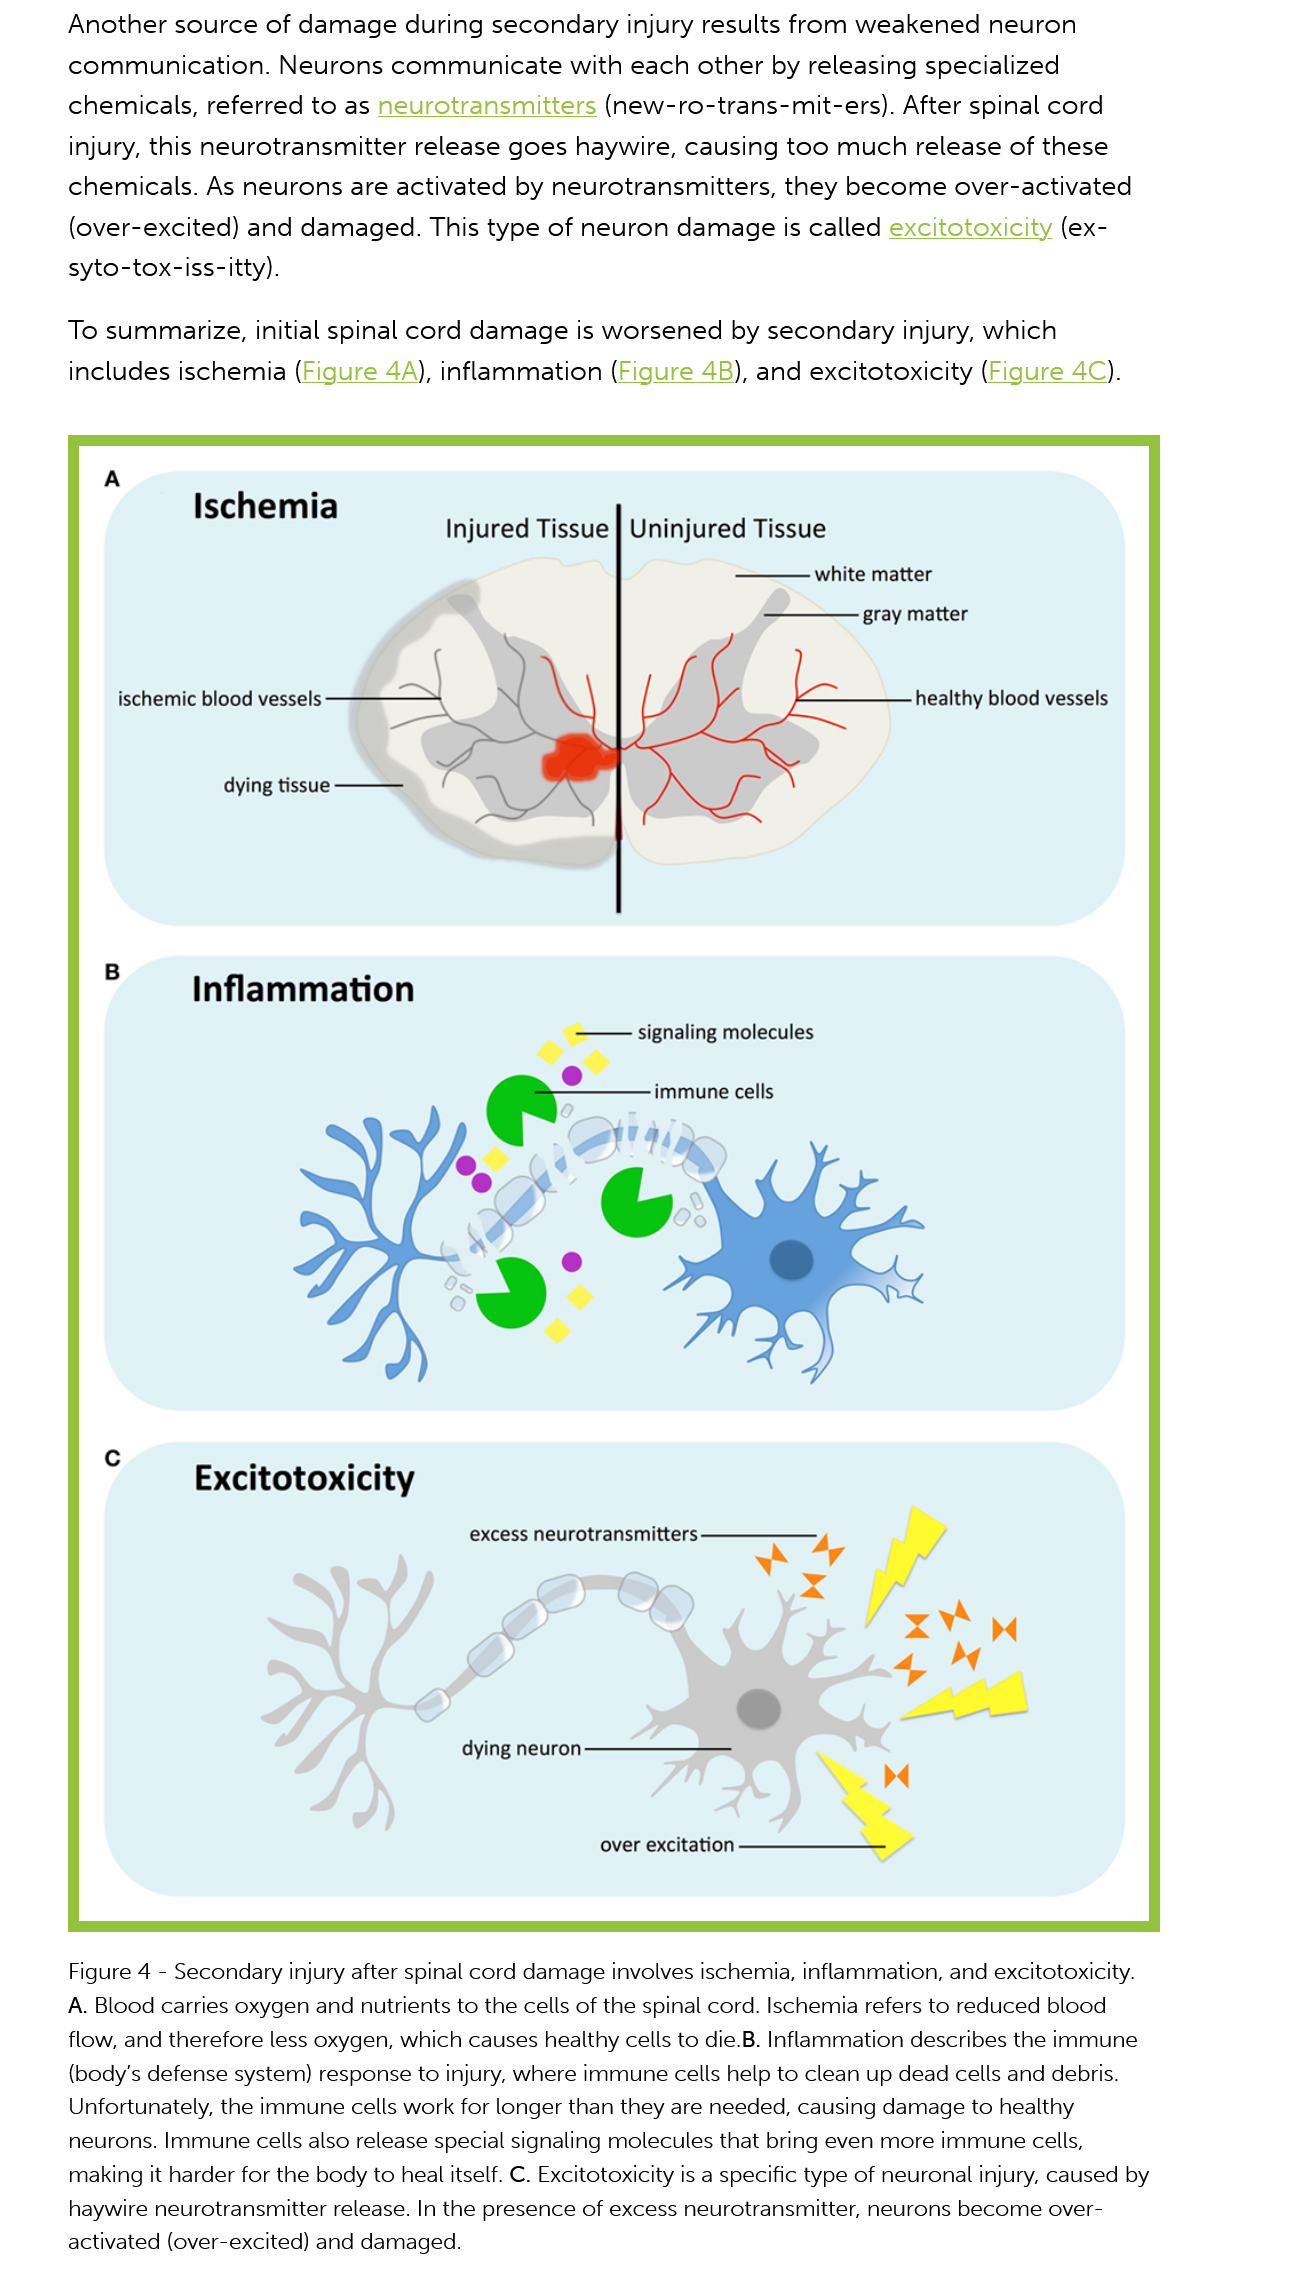
Another   source  of damage  during  secondary injury  results from weakened    neuron
     communication.    Neurons  communicate    with each  other by releasing specialized
     chemicals,  referred to as neurotransmitters   (new-ro-trans-mit-ers).  After spinal cord
     injury, this neurotransmitter release goes haywire,  causing too  much release   of these
     chemicals.  As  neurons are  activated by neurotransmitters,  they  become   over-activated
     (over-excited) and damaged.   This  type of neuron  damage is  called excitotoxicity (ex-
     syto-tox-iss-itty).
     To  summarize, initial spinal cord damage   is worsened   by secondary injury, which
     includes ischemia  (Figure 4A), inflammation  (Figure 48), and excitotoxicity (Figure 4C).

     Figure 4
     -
     Secondary injury after spinal cord damage involves ischemia, inflammation, and excitotoxicity.
     A. Blood carries oxygen and nutrients to the cells of the spinal cord. Ischemia refers to reduced blood
     flow, and therefore less oxygen, which causes healthy cells to die.B. Inflammation describes the immune
     (body's defense system) response to injury, where immune cells help to clean up dead cells and debris.
     Unfortunately, the immune cells work for longer than they are needed, causing damage to healthy
     neurons. Immune cells also release special signaling molecules that bring even more immune cells,
     making it harder for the body to heal itself. C. Excitotoxicity is a specific type of neuronal injury, caused by
     haywire neurotransmitter release. In the presence of excess neurotransmitter, neurons become over-
     activated (over-excited) and damaged.